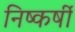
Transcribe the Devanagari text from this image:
निष्कर्षी